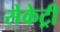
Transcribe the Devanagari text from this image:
सेकेट्री